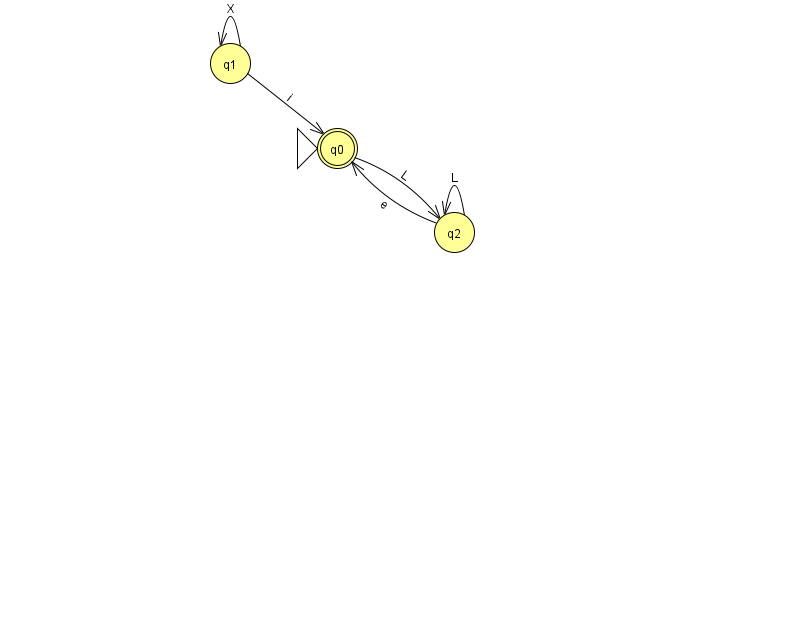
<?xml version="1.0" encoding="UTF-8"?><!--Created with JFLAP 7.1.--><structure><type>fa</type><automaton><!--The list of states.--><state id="0" name="q0"><x>337.0</x><y>135.0</y><initial/><final/></state><state id="1" name="q1"><x>230.0</x><y>50.0</y></state><state id="2" name="q2"><x>454.0</x><y>219.0</y></state><!--The list of transitions.--><transition><from>2</from><to>0</to><read>e</read></transition><transition><from>1</from><to>1</to><read>X</read></transition><transition><from>1</from><to>0</to><read>i</read></transition><transition><from>2</from><to>2</to><read>L</read></transition><transition><from>0</from><to>2</to><read>L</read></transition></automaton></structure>